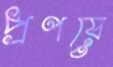
প্রণয়ে